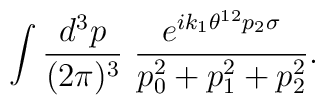
\int \frac{d^3 p}{(2 \pi)^3}~  \frac{e^{i k_1 \theta^{12} p_2 \sigma}}{p_0^2 + p_1^2 + p_2^2}.